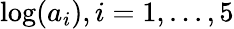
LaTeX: \log(a_{i}),i=1,...,5